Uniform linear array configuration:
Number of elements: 12
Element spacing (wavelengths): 0.25
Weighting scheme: uniform
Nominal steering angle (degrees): -15
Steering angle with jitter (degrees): -15.558
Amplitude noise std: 0.05
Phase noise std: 0.05

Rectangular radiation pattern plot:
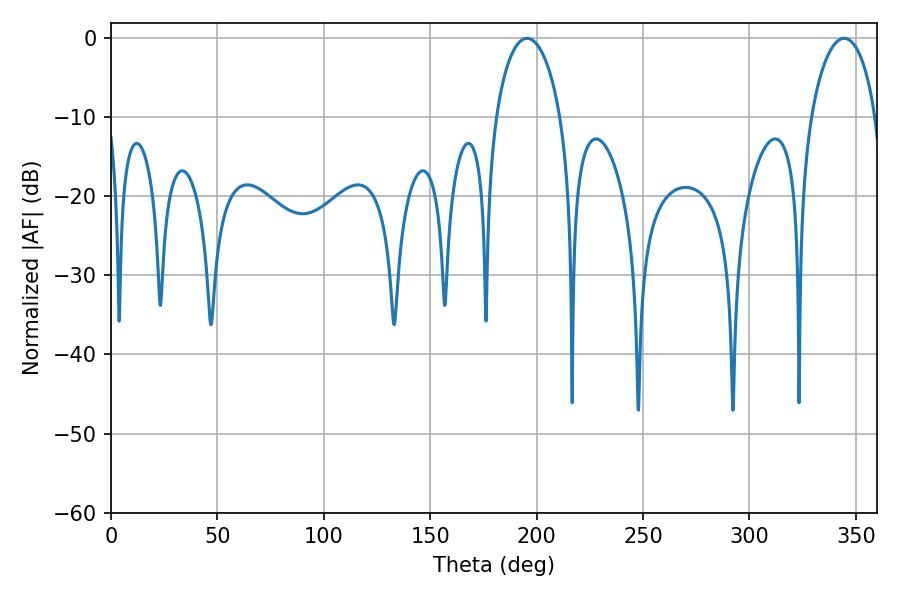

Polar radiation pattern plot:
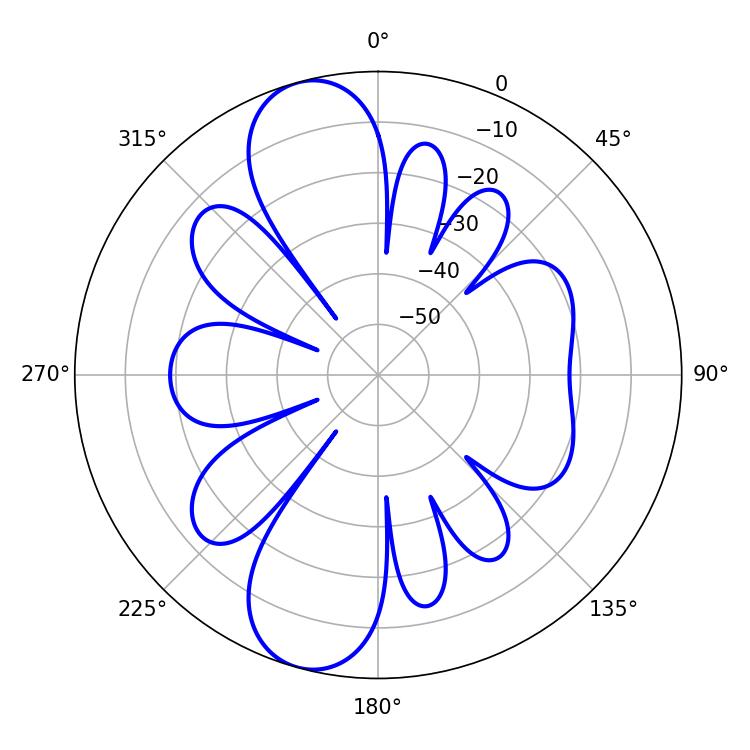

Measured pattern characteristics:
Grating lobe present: FALSE
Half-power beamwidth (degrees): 17.46
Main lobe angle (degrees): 195.48